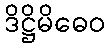
ဒိဋ္ဌိမိဓေဝ